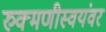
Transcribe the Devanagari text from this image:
रुक्मणीस्वयंवर